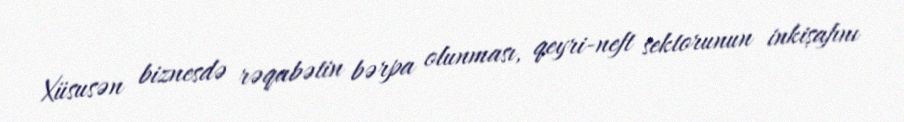
Xüsusən biznesdə rəqabətin bərpa olunması, qeyri-neft sektorunun inkişafını